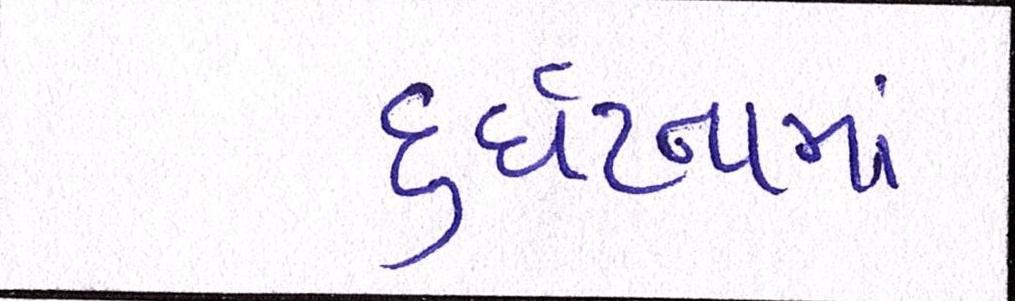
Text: દુર્ઘટનામાં